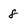
Character: 8